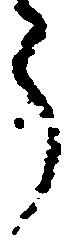
う